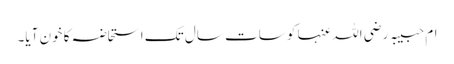
ام حبیبہ رضی اللہ عنہا کو سات سال تک استحاضہ کا خون آیا۔